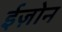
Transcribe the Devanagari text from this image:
ईज़ोन